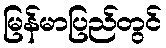
မြန်မာပြည်တွင်